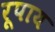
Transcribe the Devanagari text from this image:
रूपाय